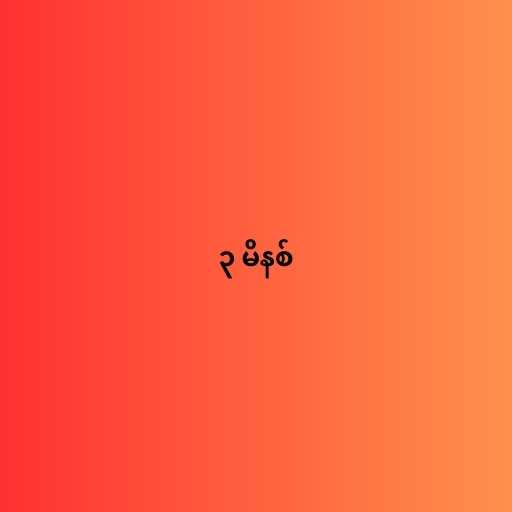
၃ မိနစ်